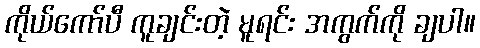
ကိုယ်ကော်ပီ ကူချင်းတဲ့ မူရင်း အကွက်ကို ချပါ။